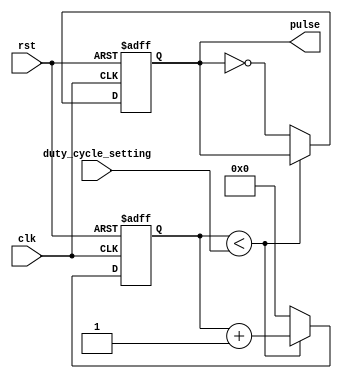
module DutyCyclePulseGenerator (
  input wire clk,
  input wire rst,
  input wire [7:0] duty_cycle_setting,
  output reg pulse
);

reg [7:0] counter;
reg pulse_state;

always @(posedge clk or posedge rst) begin
  if (rst) begin
    counter <= 8'h00;
    pulse_state <= 1'b0;
  end else begin
    if (counter < duty_cycle_setting) begin
      counter <= counter + 1;
    end else begin
      counter <= 8'h00;
      pulse_state <= ~pulse_state;
    end
  end
end

assign pulse = pulse_state;

endmodule